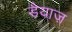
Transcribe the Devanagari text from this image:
डैयाज़